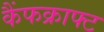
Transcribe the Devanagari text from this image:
कैंफक्राफ्ट